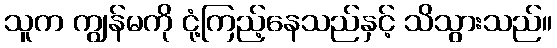
သူက ကျွန်မကို ငုံ့ကြည့်နေသည်နှင့် သိသွားသည်။